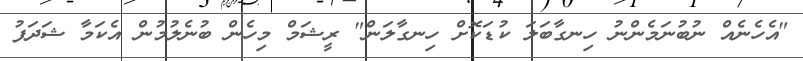
"އެހެނެއް ނުބުނަމެންނު ހިނގާބަލަ ކުޑަކޮށް ހިނގާލަން" ރީޝަމް މިހެން ބުނެލުމުން އެކަމާ ޝަދަފު